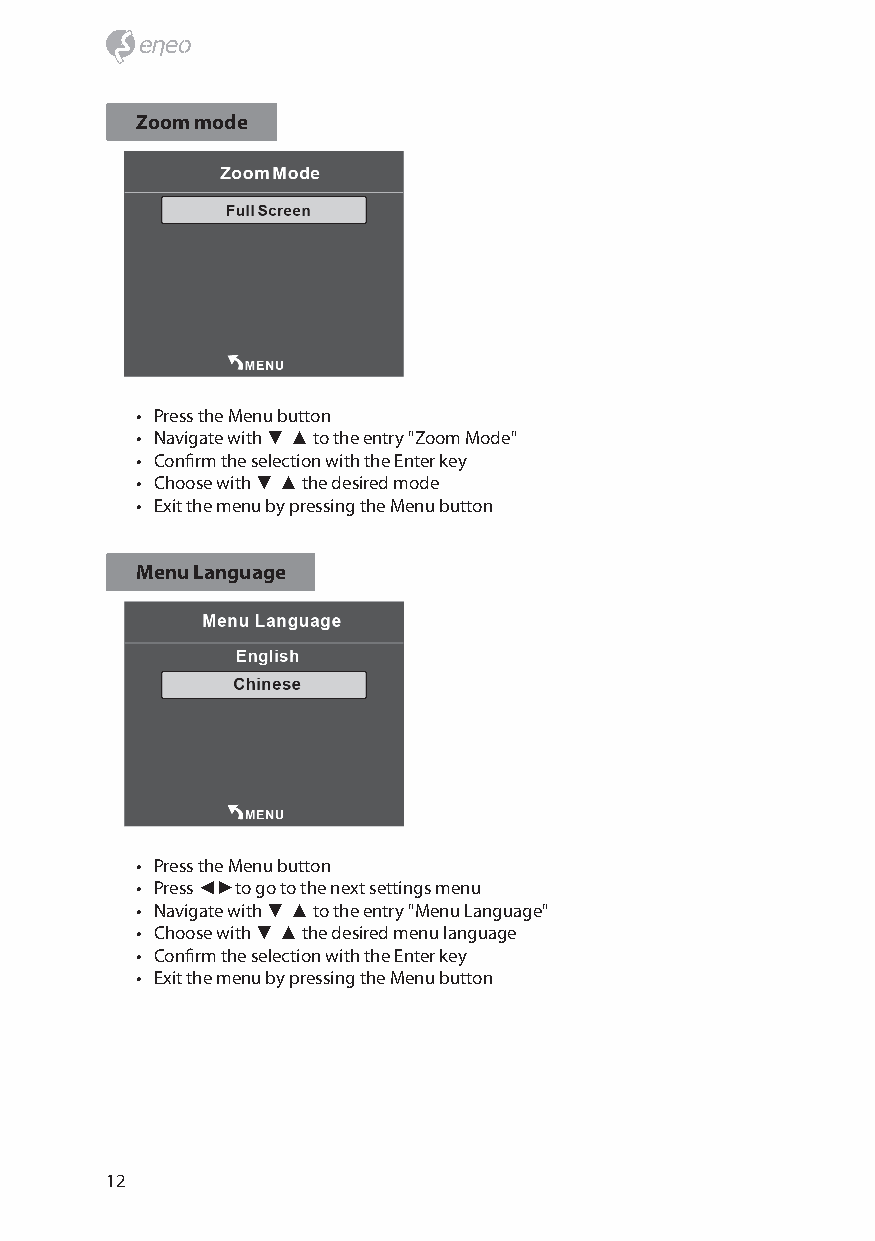
Zoom mode
 • Press the Menu button
 • Navigate with ▼ ▲ to the entry "Zoom Mode"
 • Confirm the selection with the Enter key
 • Choose with ▼ ▲ the desired mode
 • Exit the menu by pressing the Menu button
 Menu Language
 • Press the Menu button
 • Press ◄►to go to the next settings menu
 • Navigate with ▼ ▲ to the entry "Menu Language"
 • Choose with ▼ ▲ the desired menu language
 • Confirm the selection with the Enter key
 • Exit the menu by pressing the Menu button
 12